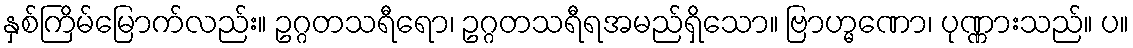
နှစ်ကြိမ်မြောက်လည်း။ ဥဂ္ဂတသရီရော၊ ဥဂ္ဂတသရီရအမည်ရှိသော။ ဗြာဟ္မဏော၊ ပုဏ္ဏားသည်။ ပ။